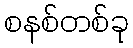
စနစ်တစ်ခု